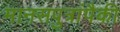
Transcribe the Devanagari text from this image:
मानसपुत्रांपैकी